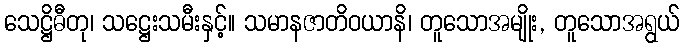
သေဋ္ဌိဓီတု၊ သဋ္ဌေးသမီးနှင့်။ သမာနဇာတိဝယာနိ၊ တူသောအမျိုး, တူသောအရွယ်